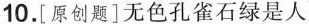
10.[原创题]无色孔雀石绿是人